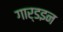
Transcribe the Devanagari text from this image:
गार्डइन